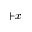
+ x